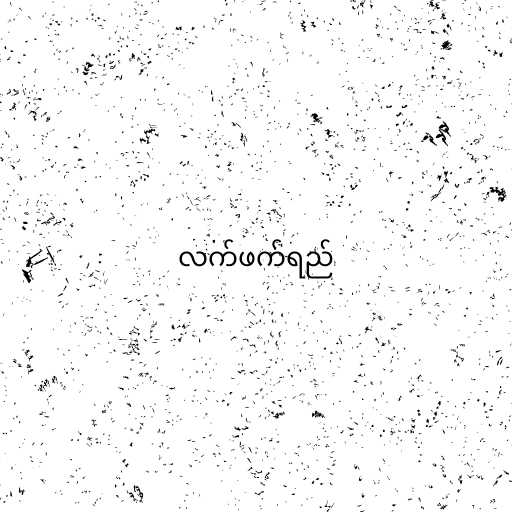
လက်ဖက်ရည်